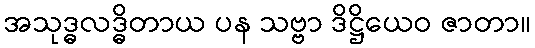
အသုဒ္ဓလဒ္ဓိတာယ ပန သဗ္ဗာ ဒိဋ္ဌိယေဝ ဇာတာ။